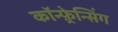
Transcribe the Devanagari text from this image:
कॉन्फ़्रेन्सिंग